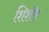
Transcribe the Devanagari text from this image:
शिशीर